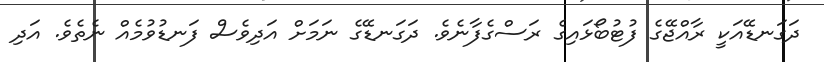
ދަގަނޑޭއަކީ ރާއްޖޭގެ ފުޓުބޯޅައިގެ ރަސްގެފާނެވެ. ދަގަނޑޭގެ ނަމަށް އަދިވެސް ފަނޑުވުމެއް ނެތެވެ. އަދި